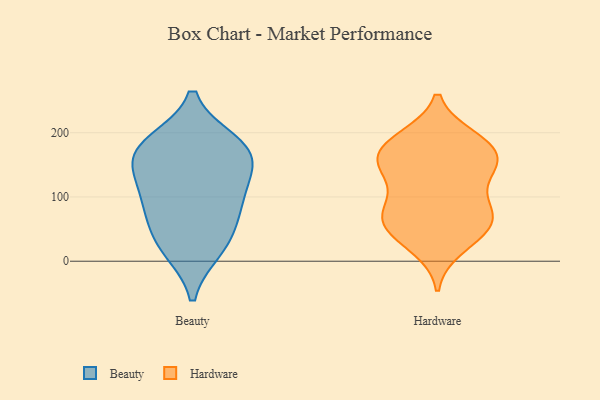
{"axis": {"x": "Backlog", "y": "Value"}, "legend": ["Beauty", "Hardware"], "data": [{"x": "", "y": 162, "type": "Beauty"}, {"x": "", "y": 152, "type": "Beauty"}, {"x": "", "y": 25, "type": "Beauty"}, {"x": "", "y": 114, "type": "Beauty"}, {"x": "", "y": 88, "type": "Beauty"}, {"x": "", "y": 19, "type": "Beauty"}, {"x": "", "y": 164, "type": "Beauty"}, {"x": "", "y": 56, "type": "Beauty"}, {"x": "", "y": 96, "type": "Beauty"}, {"x": "", "y": 184, "type": "Beauty"}, {"x": "", "y": 183, "type": "Beauty"}, {"x": "", "y": 34, "type": "Hardware"}, {"x": "", "y": 53, "type": "Hardware"}, {"x": "", "y": 179, "type": "Hardware"}, {"x": "", "y": 182, "type": "Hardware"}, {"x": "", "y": 72, "type": "Hardware"}, {"x": "", "y": 148, "type": "Hardware"}, {"x": "", "y": 92, "type": "Hardware"}, {"x": "", "y": 128, "type": "Hardware"}, {"x": "", "y": 21, "type": "Hardware"}, {"x": "", "y": 161, "type": "Hardware"}, {"x": "", "y": 145, "type": "Hardware"}, {"x": "", "y": 192, "type": "Hardware"}, {"x": "", "y": 65, "type": "Hardware"}, {"x": "", "y": 159, "type": "Hardware"}, {"x": "", "y": 80, "type": "Hardware"}, {"x": "", "y": 192, "type": "Hardware"}, {"x": "", "y": 52, "type": "Hardware"}, {"x": "", "y": 74, "type": "Hardware"}, {"x": "", "y": 145, "type": "Hardware"}]}